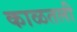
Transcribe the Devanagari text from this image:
काळतली